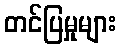
တင်ပြမှုများ